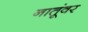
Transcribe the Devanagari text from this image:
नातूंवर